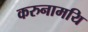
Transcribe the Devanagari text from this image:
करुनामयि